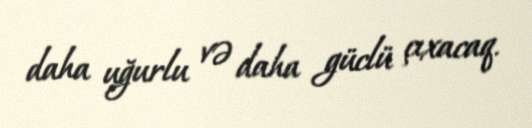
daha uğurlu və daha güclü çıxacaq.